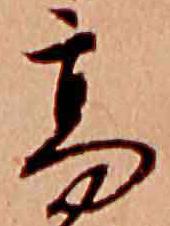
高